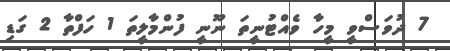
7 ދުވަސްވީ މީހާ ވެއްޓުނީތަ ނޫނީ ފުންމާލީތަ 1 ހަފްތާ 2 ގަޑި